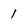
Character: 1